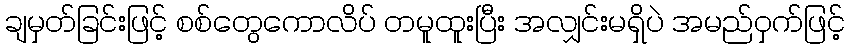
ချမှတ်ခြင်းဖြင့် စစ်တွေကောလိပ် တမူထူးပြီး အလျှင်းမရှိပဲ အမည်ဝှက်ဖြင့်